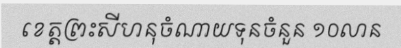
ខេត្តព្រះសីហនុចំណាយទុនចំនួន ១០លាន